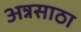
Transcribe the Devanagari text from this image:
अन्नसाठा